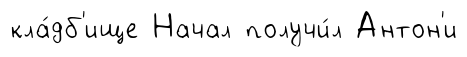
кла́дб'ище Начал получи́л Антон'и